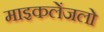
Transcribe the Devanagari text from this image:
माइकलेंजलो